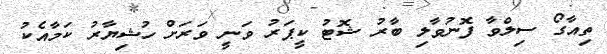
ތިއާގޯ ސިލްވާ ފޮނުވާލި ބާރު ޝޮޓު ކީޕަރު ވަނީ ވަރަށް ހުޝިޔާރު ކަމާއެކު